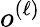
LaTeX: o^{(\ell)}